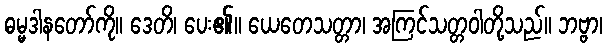
ဓမ္မဒါနတော်ကို။ ဒေတိ၊ ပေး၏။ ယေတေသတ္တာ၊ အကြင်သတ္တဝါတို့သည်။ ဘဗ္ဗာ၊